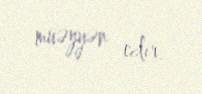
müəyyən edir.